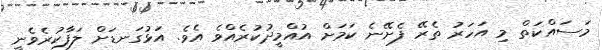
މަސައްކަތް މި އަހަރު ތެރޭ ފެށޭނެ ކަމަށް އުއްމީދުކުރެއްވެ އެވެ. އަޅުގަނޑަށް ލަފާކުރެވެނީ